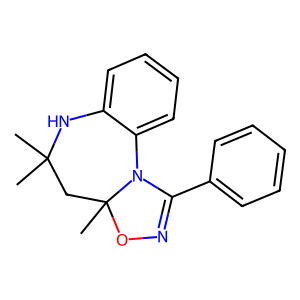
SMILES: CC1(C)CC2(C)ON=C(c3ccccc3)N2c2ccccc2N1
Inhibits HIV replication: No